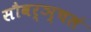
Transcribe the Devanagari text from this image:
सौवर्ञ्चलं